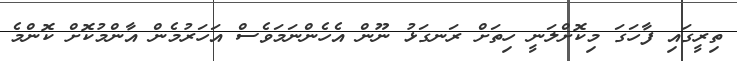
ތިރީގައި ފާހަގަ މިކޮށްލަނީ ހިތަށް ރަނގަޅު ނޫން އެހެންނަމަވެސް އަހަރުމެން އާންމުކޮށް ކޮންމެ